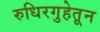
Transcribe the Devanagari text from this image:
रुधिरगुहेतून